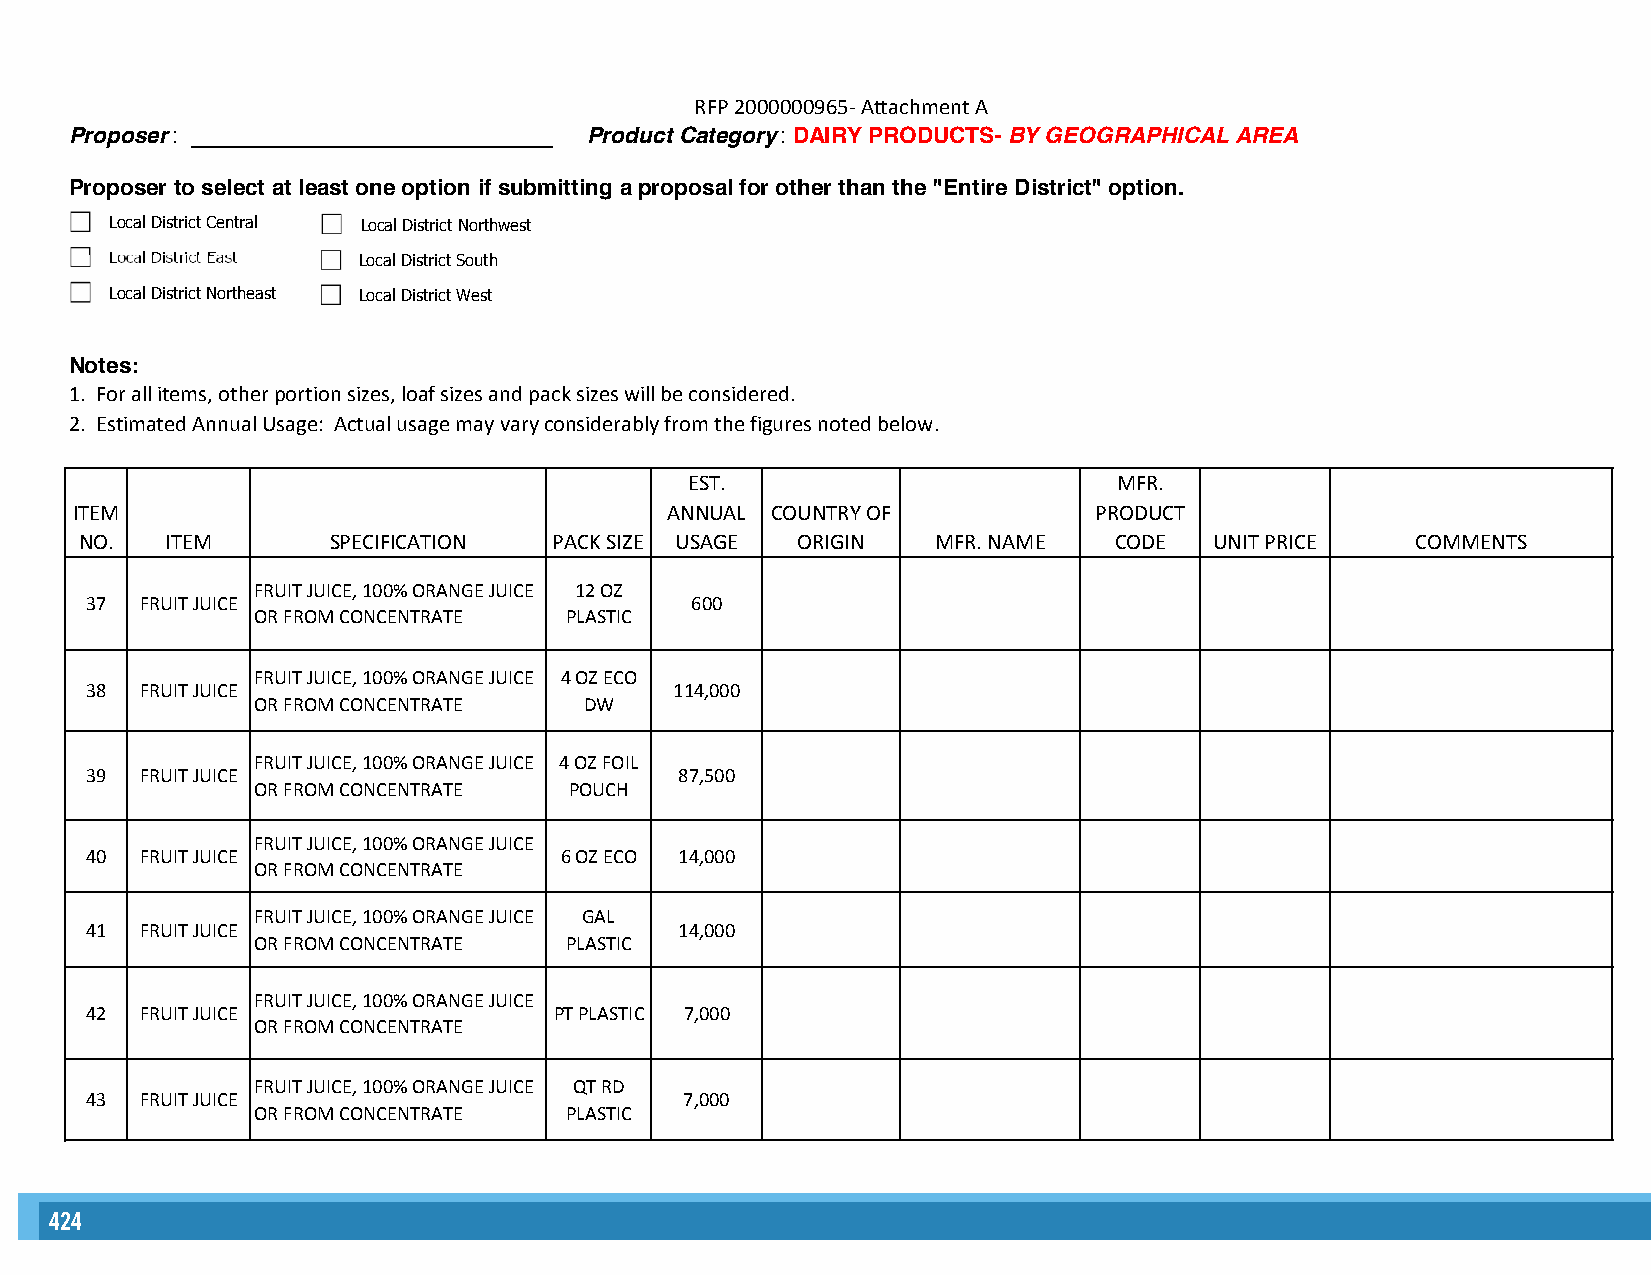
RFP 2000000965- Attachment A
 Proposer : _____________________________ Product Category : DAIRY PRODUCTS- BY GEOGRAPHICAL AREA
 Proposer to select at least one option if submitting a proposal for other than the "Entire District" option.
 Local District Central Local District Northwest
 Local District East Local District South
 Local District Northeast Local District West
 Notes:
 1. For all items, other portion sizes, loaf sizes and pack sizes will be considered.
 2. Estimated Annual Usage: Actual usage may vary considerably from the figures noted below.
 EST.                        MFR.
 ITEM                                   ANNUAL COUNTRY OF           PRODUCT
 NO.   ITEM       SPECIFICATION  PACK SIZE USAGE ORIGIN   MFR. NAME   CODE  UNIT PRICE    COMMENTS
 FRUIT JUICE, 100% ORANGE JUICE 12 OZ
 37 FRUIT JUICE                          600
 OR FROM CONCENTRATE PLASTIC
 FRUIT JUICE, 100% ORANGE JUICE 4 OZ ECO
 38 FRUIT JUICE                         114,000
 OR FROM CONCENTRATE   DW
 FRUIT JUICE, 100% ORANGE JUICE 4 OZ FOIL
 39 FRUIT JUICE                         87,500
 OR FROM CONCENTRATE  POUCH
 FRUIT JUICE, 100% ORANGE JUICE
 40 FRUIT JUICE                 6 OZ ECO 14,000
 OR FROM CONCENTRATE
 FRUIT JUICE, 100% ORANGE JUICE GAL
 41 FRUIT JUICE                         14,000
 OR FROM CONCENTRATE PLASTIC
 FRUIT JUICE, 100% ORANGE JUICE
 42 FRUIT JUICE                 PT PLASTIC 7,000
 OR FROM CONCENTRATE
 FRUIT JUICE, 100% ORANGE JUICE QT RD
 43 FRUIT JUICE                         7,000
 OR FROM CONCENTRATE PLASTIC
 424